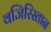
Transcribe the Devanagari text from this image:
वजिरिस्तान